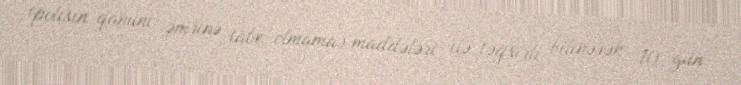
(polisin qanuni əmrinə tabe olmama) maddələri ilə təqsirli bilinərək 10 gün